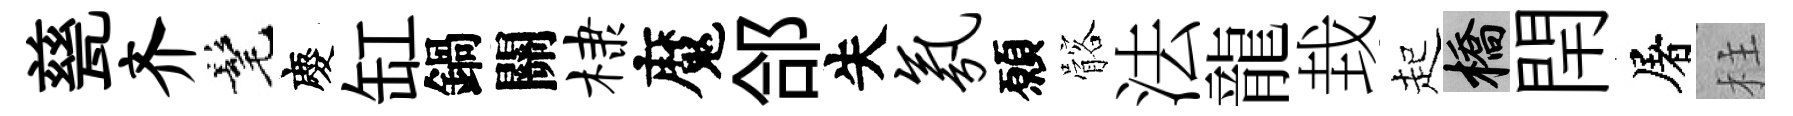
甆齐髦慶缸鍋關棣魔郃失氛願髂法龍㘽起橋閈屠柱